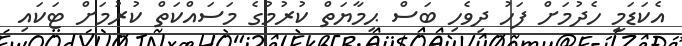
އެކަޑަމީ ހެދުމަށް ފަހު ދިވެހި ބަސް ޙިމާޔަތް ކުރުމުގެ މަސައްކަތް ކުރުމަށް ޓަކައި